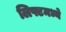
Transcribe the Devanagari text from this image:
लिफ्टमध्ये